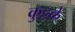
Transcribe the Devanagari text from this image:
कुट्टके